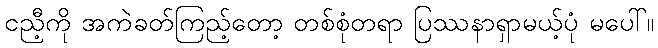
ငညီ့ကို အကဲခတ်ကြည့်တော့ တစ်စုံတရာ ပြဿနာရှာမယ့်ပုံ မပေါ်။